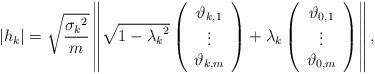
LaTeX: \begin{align*}|{h_k}| = \sqrt {\frac{{{\sigma _k}^2}}{m}} \left\| {\sqrt {1 - {\lambda _k}^2} \left( {\begin{array}{*{20}{c}}{{\vartheta _{k,1}}}\\ \vdots \\{{\vartheta _{k,m}}}\end{array}} \right) + {\lambda _k}\left( {\begin{array}{*{20}{c}}{{\vartheta _{0,1}}}\\ \vdots \\{{\vartheta _{0,m}}}\end{array}} \right)} \right\| ,\end{align*}